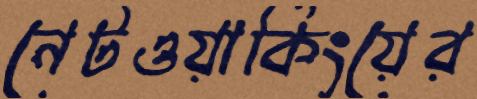
নেটওয়ার্কিংয়ের